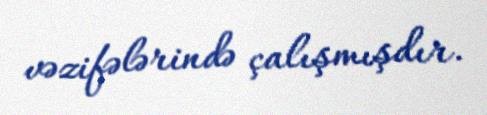
vəzifələrində çalışmışdır.